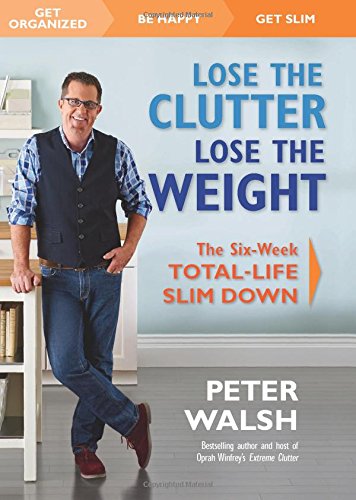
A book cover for Lose the Clutter, Lose the Weight: The Six-Week Total-Life Slim Down; Peter Walsh; Crafts, Hobbies & Home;